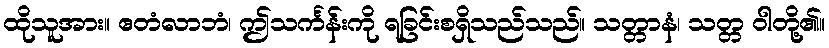
ထိုသူအား။ ဧတံလာဘံ၊ ဤသင်္ကန်းကို ရခြင်းစရှိသည်သည်။ သတ္တာနံ၊ သတ္တ ဝါတို့၏။